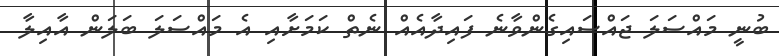
ބުނީ މައްސަލަ ޖައްސައިގެންވާނެ ފައިދާއެއް ނެތް ކަމަށާއި އެ މައްސަލަ ބަލަން އާއިލާ